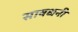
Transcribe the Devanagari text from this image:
सावधनी